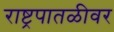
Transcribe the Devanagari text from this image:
राष्ट्रपातळीवर